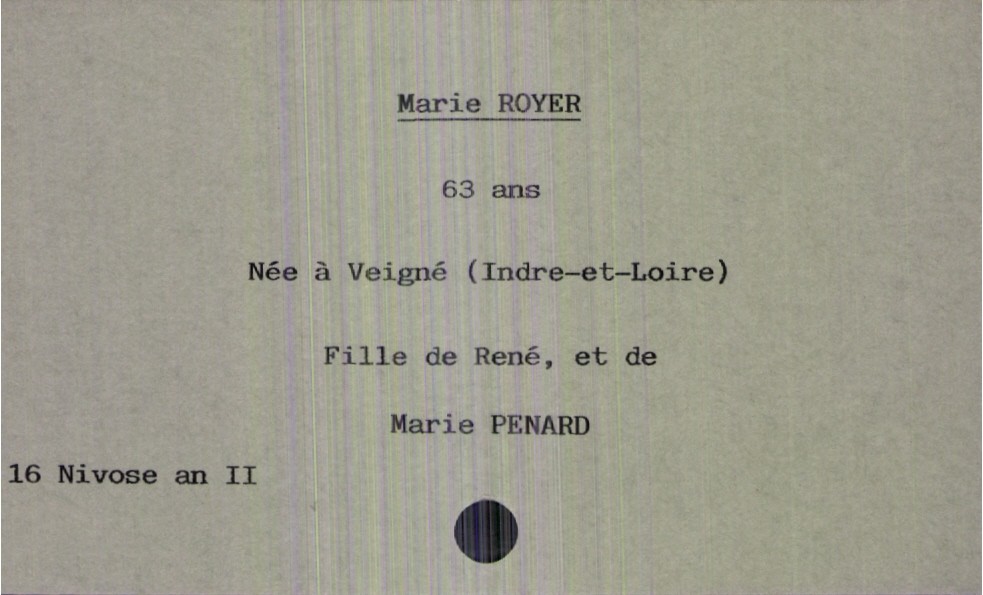
type_acte: Décès
année: an II
mois: nivose
jour: 16
défunt_nom: Royer
défunt_prénom: Marie
défunt_sexe: F
défunt_âge: 63 ans
défunt_lieu_de_naissance: Veigné (Indre-et-Loire)
père_défunt_nom: Royer
père_défunt_prénom: René
mère_défunt_nom: Penard
mère_défunt_prénom: Marie